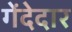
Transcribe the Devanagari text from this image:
गेंदेदार